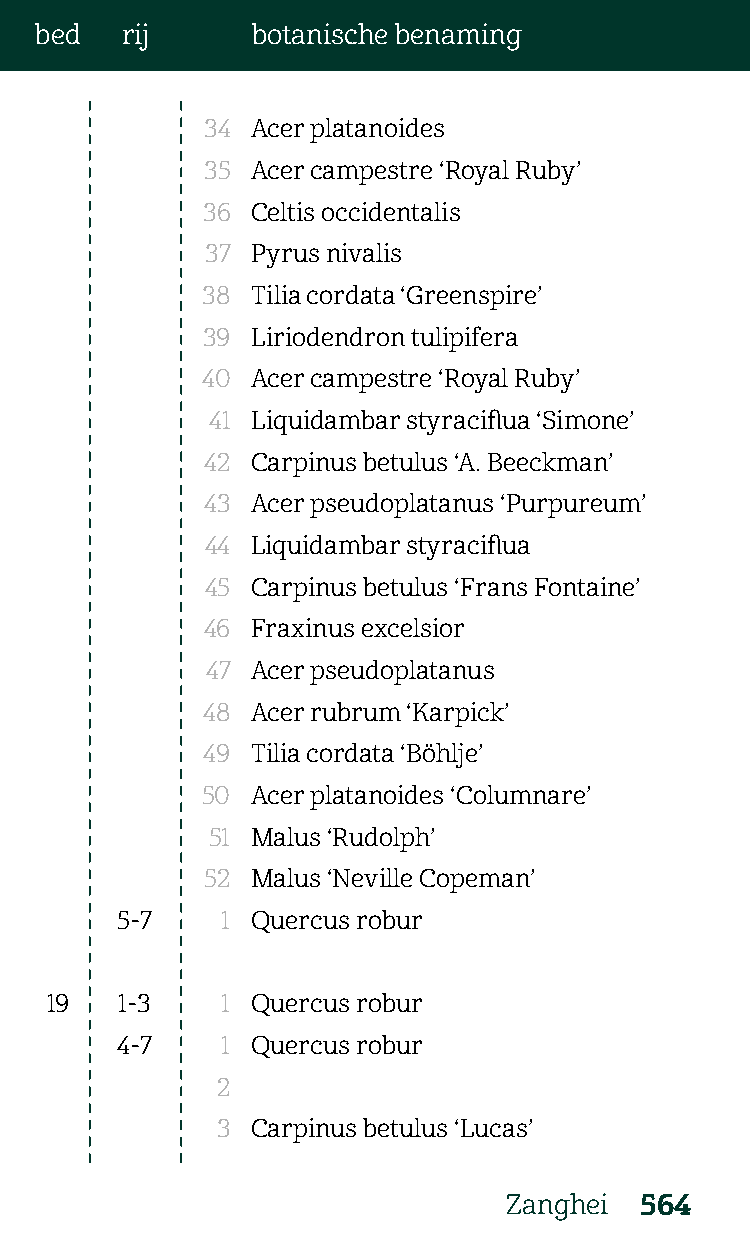
bed   rij      botanische benaming
 34 Acer platanoides
 35 Acer campestre ‘Royal Ruby’
 36  Celtis occidentalis
 37 Pyrus nivalis
 38  Tilia cordata ‘Greenspire’
 39  Liriodendron tulipifera
 40  Acer campestre ‘Royal Ruby’
 41 Liquidambar styraciflua ‘Simone’
 42 Carpinus betulus ‘A. Beeckman’
 43 Acer pseudoplatanus ‘Purpureum’
 44 Liquidambar styraciflua
 45 Carpinus betulus ‘Frans Fontaine’
 46  Fraxinus excelsior
 47 Acer pseudoplatanus
 48  Acer rubrum ‘Karpick’
 49  Tilia cordata ‘Böhlje’
 50  Acer platanoides ‘Columnare’
 51 Malus ‘Rudolph’
 52  Malus ‘Neville Copeman’
 5-7    1 Quercus robur
 19   1-3    1 Quercus robur
 4-7    1 Quercus robur
 2
 3  Carpinus betulus ‘Lucas’
 Zanghei 564